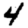
Digit: 4